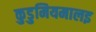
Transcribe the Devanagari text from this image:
कुडुमियमालइ